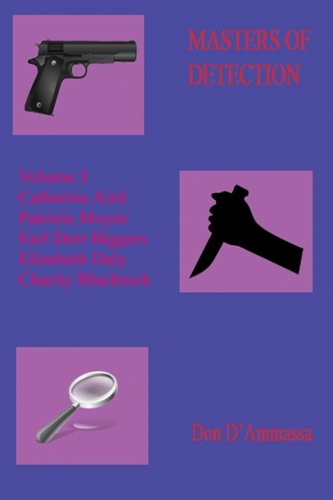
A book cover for Masters of Detection Volume III (Volume 3); Don D'Ammassa; Mystery, Thriller & Suspense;